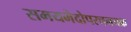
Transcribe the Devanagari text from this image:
समयभेदोपरचनचक्र